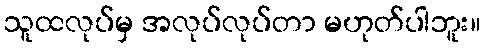
သူထလုပ်မှ အလုပ်လုပ်တာ မဟုတ်ပါဘူး။